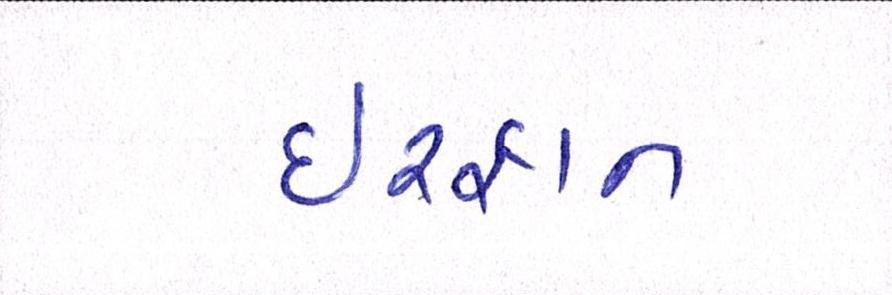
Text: ઈરફાન